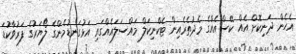
އެހެން ދަނިކޮށް އެއް ކޭސްއެއްގެ މެދުތެރެއިން ޓެކްނިކަލް މައްސަލައެއްގައި އަޅުގަނޑުމެންގެ ލޯޔަރުގެ ފަރުވާކުޑަ